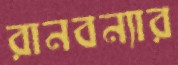
রানবন্যার